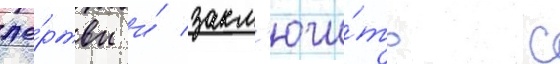
же́ртвы и́ закл'ючи́ть с